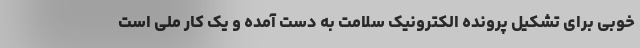
خوبی برای تشکیل پرونده الکترونیک سلامت به دست آمده و یک کار ملی است